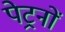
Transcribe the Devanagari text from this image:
पेट्रनों